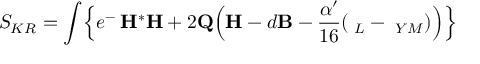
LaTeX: S _ { K R } = \int \Bigl \{ e ^ { - { \bf \Phi } } { \bf H } { ^ { * } { \bf H } } + 2 { \bf Q } \Bigl ( { \bf H } - d { \bf B } - \frac { \alpha ^ { \prime } } { 1 6 } ( { \bf \Omega } _ { L } - { \bf \Omega } _ { Y M } ) \Bigr ) \Bigr \}